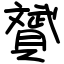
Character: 贇